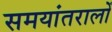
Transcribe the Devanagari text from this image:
समयांतरालों